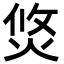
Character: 焂